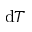
\mathrm { d } T